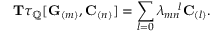
\mathbf { T } \tau _ { \mathbb { Q } } [ \mathbf { G } _ { ( m ) } , \mathbf { C } _ { ( n ) } ] = \sum _ { l = 0 } \lambda _ { m n } ^ { \quad l } \mathbf { C } _ { ( l ) } .